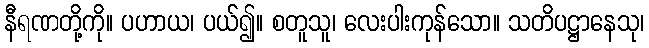
နီရဏတို့ကို။ ပဟာယ၊ ပယ်၍။ စတူသူ၊ လေးပါးကုန်သော။ သတိပဋ္ဌာနေသု၊